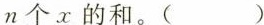
n个x的和。()